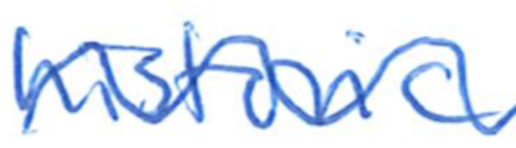
Text: historic
Cross-out: wave
Writing tool: ballpoint